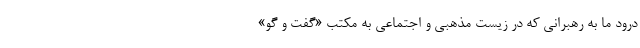
درود ما به رهبرانی که در زیست مذهبی و اجتماعی به مکتب «گفت و گو»